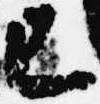
已